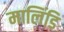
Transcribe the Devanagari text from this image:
मालिंडि